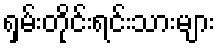
ရှမ်းတိုင်းရင်းသားများ